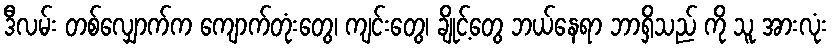
ဒီလမ်း တစ်လျှောက်က ကျောက်တုံးတွေ၊ ကျင်းတွေ၊ ချိုင့်တွေ ဘယ်နေရာ ဘာရှိသည် ကို သူ အားလုံး